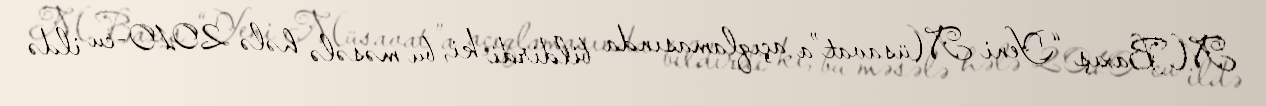
M.Baxış “Yeni Müsavat”a açıqlamasında bildirdi ki, bu məsələ hələ 2010-cu ildə